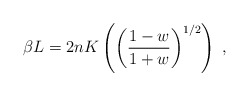
\begin{align*}\beta L=2nK\left(\left(\frac{1-w}{1+w}\right)^{1/2}\right)\;,\end{align*}